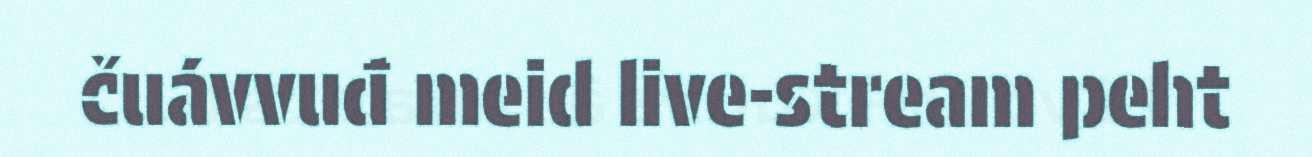
čuávvuđ meid live-stream peht